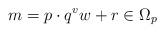
LaTeX: \begin{align*}m = p\cdot q^v w + r \in \Omega_p\end{align*}